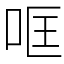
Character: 哐